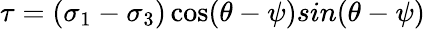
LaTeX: \tau=(\sigma_{1}-\sigma_{3})\cos(\theta-\psi)sin(\theta-\psi)